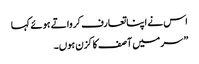
اس نے اپنا تعارف کرواتے ہوئے کہا
” سر میں آصف کا کزن ہوں۔